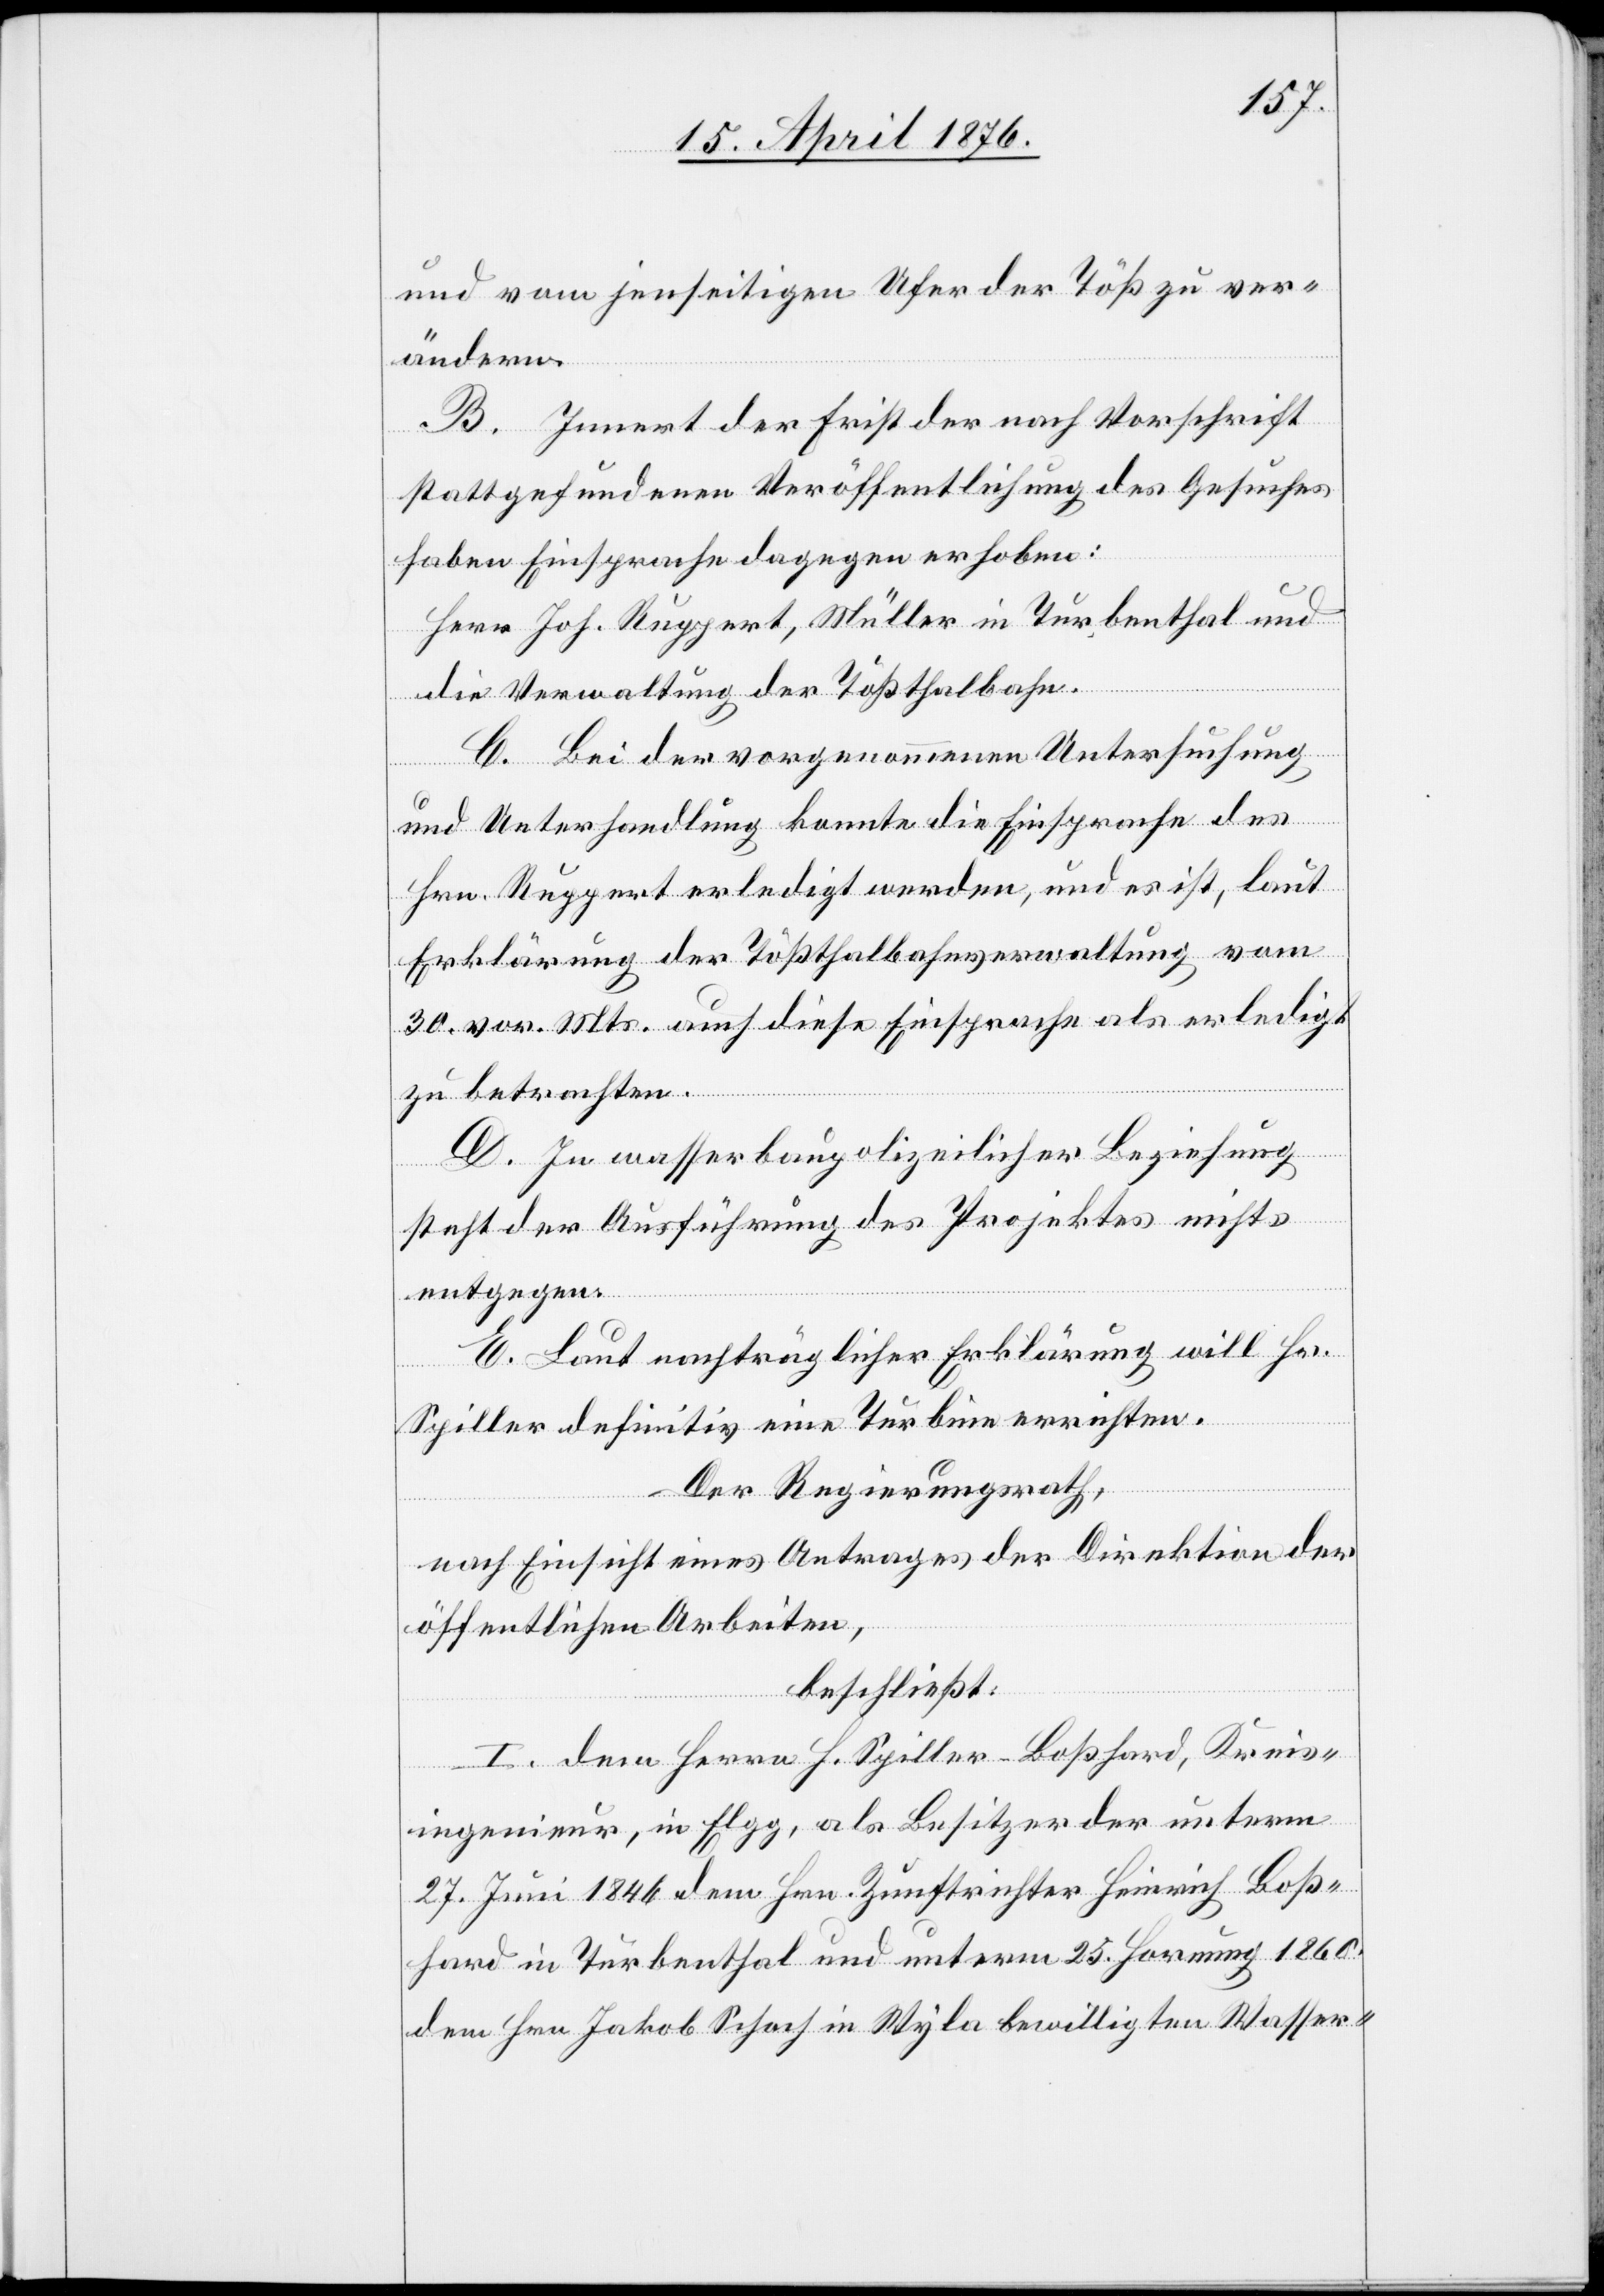
und vom jenseitigen Ufer der Töß zu ver¬
ändern.
B. Innert der Frist der nach Vorschrift
stattgefundenen Veröffentlichung des Gesuches
haben Einsprache dagegen erhoben:
Herr Joh. Ruppert, Müller in Turbenthal und
die Verwaltung der Tößthalbahn.
C. Bei der vorgenommenen Untersuchung
und Unterhandlung konnte die Einsprache des
Hrn. Ruppert erledigt werden, und es ist, laut
Erklärung der Tößthalbahnverwaltung vom
30. vor. Mts. auch diese Einsprache als erledigt
zu betrachten.
D. In wasserbaupolizeilicher Beziehung
steht der Ausführung des Projektes nichts
entgegen.
E. Laut nachträglicher Erklärung will Hr.
Spiller definitiv eine Turbine errichten.
Der Regierungsrath,
nach Einsicht eines Antrages der Direktion der
öffentlichen Arbeiten,
beschließt:
I. Dem Herrn H. Spiller-Boßhard, Kreis¬
ingenieur, in Elgg, als Besitzer der unterm
27. Juni 1846 dem Hrn. Zunftrichter Heinrich Boß¬
hard in Turbenthal und unterm 25. Hornung 1860
dem Hrn Jakob Schoch in Wyla bewilligten Wasser-